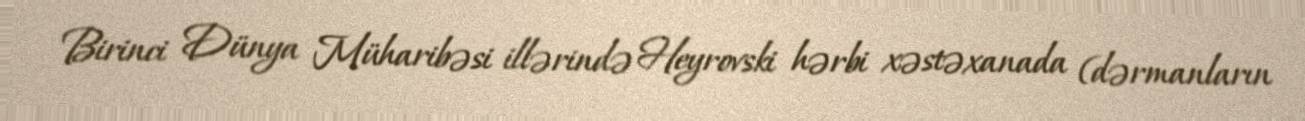
Birinci Dünya Müharibəsi illərində Heyrovski hərbi xəstəxanada (dərmanların